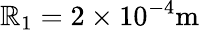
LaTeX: \mathbb{R}_{1}=2\times10^{-4}\mathrm{{m}}